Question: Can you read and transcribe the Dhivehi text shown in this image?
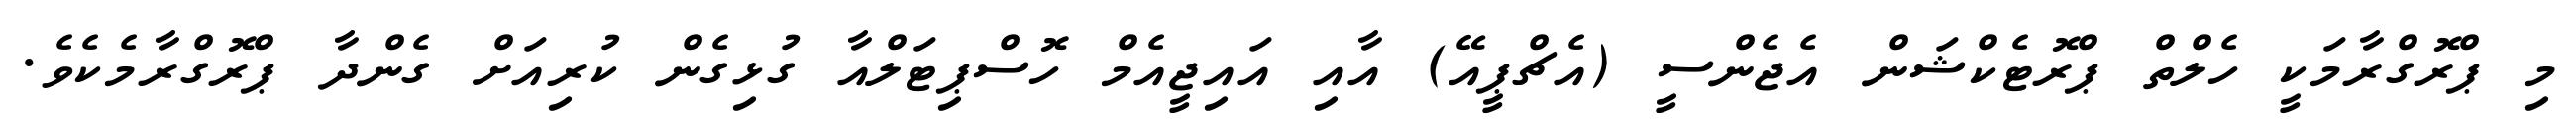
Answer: މި ޕްރޮގްރާމަކީ ހެލްތް ޕްރޮޓެކްޝަން އެޖެންސީ (އެޗްޕީއޭ) އާއި އައިޖީއެމް ހޮސްޕިޓަލްއާ ގުޅިގެން ކުރިއަށް ގެންދާ ޕްރޮގްރާމެކެވެ.